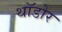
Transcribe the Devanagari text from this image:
थॉडोर